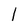
Character: 1